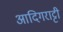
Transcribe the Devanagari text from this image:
आदिगराट्टी